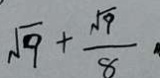
\sqrt { 9 } + \frac { \sqrt { 9 } } { 8 }